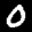
Label: 0